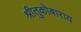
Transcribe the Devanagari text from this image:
श्रीतुकोबाराय